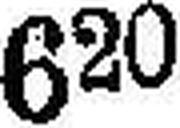
620